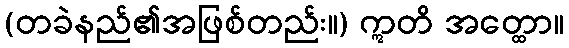
(တခဲနည်၏အဖြစ်တည်း။) ဣတိ အတ္ထော။